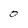
Character: 0